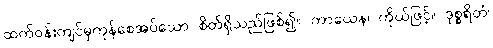
ထက်ဝန်းကျင်မှကုန်စေအပ်သော စိတ်ရှိသည်ဖြစ်၍။ ကာယေန၊ ကိုယ်ဖြင့်။ ဒုစ္စရိတံ၊